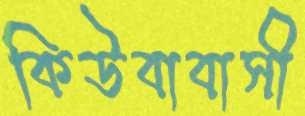
কিউবাবাসী